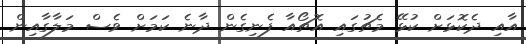
އާއި ދެކޮޅަށް ކުޅޭ މެޗުގައި އޮޗޯއާ ފެނިގެން ދާނެ ކަމަށް ވެސް މަލާގާއިން